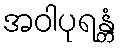
အဝါပုရန္တံ